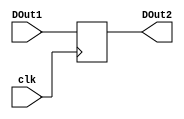
`timescale 10ns/1ns

module dflipflop(input [7:0] DOut1,
		 input clk,
		 output reg [7:0] DOut2);

always @(posedge clk)
 begin
 DOut2=DOut1;
  end
endmodule